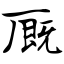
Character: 厩